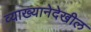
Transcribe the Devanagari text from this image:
व्याख्यानेदेखील